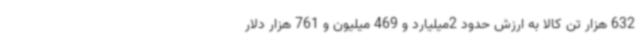
632 هزار تن کالا به ارزش حدود 2میلیارد و 469 میلیون و 761 هزار دلار